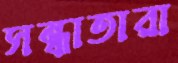
সন্ধাতারা